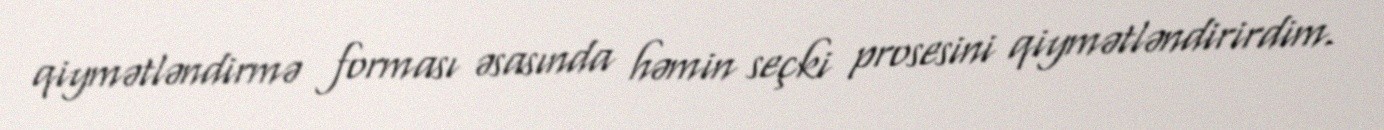
qiymətləndirmə forması əsasında həmin seçki prosesini qiymətləndirirdim.